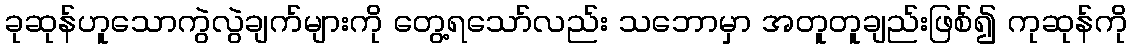
ခုဆုန်ဟူသောကွဲလွဲချက်များကို တွေ့ရသော်လည်း သဘောမှာ အတူတူချည်းဖြစ်၍ ကုဆုန်ကို